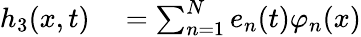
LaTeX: \begin{array}{rl}{h_{3}(x,t)}&{{}=\sum_{n=1}^{N}e_{n}(t)\varphi_{n}(x)}\end{array}